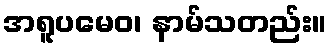
အရူပမေဝ၊ နာမ်သတည်း။